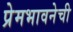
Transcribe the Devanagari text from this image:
प्रेमभावनेची